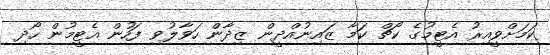
ކަމަށްވީއިރު އެޓީމުގެ ކޯޗް ކަމާ ޒައިނުއްދީން ޒިދާން ހަވާލުވި ފަހުން އެޓީމުން ހޯދި